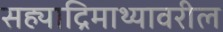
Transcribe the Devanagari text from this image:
सह्याद्रिमाथ्यावरील